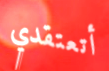
أتعتقدي